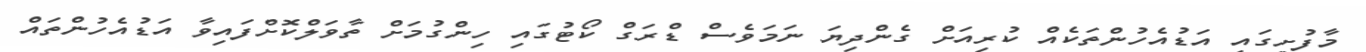
މާފުށީގައި އަޑުއެހުންތަކެއް ކުރިއަށް ގެންދިޔަ ނަމަވެސް ޑްރަގް ކޯޓުގައި ހިންގުމަށް ތާވަލްކޮށްފައިވާ އަޑުއެހުންތައް